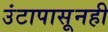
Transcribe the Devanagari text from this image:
उंटापासूनही